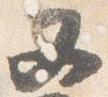
又